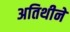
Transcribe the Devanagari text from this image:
अतिथीने